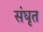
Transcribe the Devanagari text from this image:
संघृत